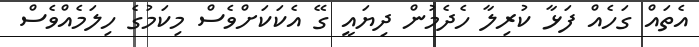
އެތައް ގަހެއް ފަޅާ ކުރިލާ ހެދެމުން ދިޔައީ ގޭ އެކަކަށްވެސް މިކަމުގެ ހިލަމެއްވެސް